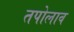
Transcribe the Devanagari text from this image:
तपोलाव